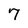
Character: 7